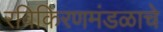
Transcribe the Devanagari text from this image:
रविकिरणमंडळाचे